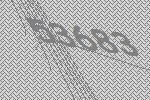
53683